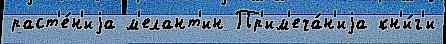
раст'е́н'иjа м'елант'ин Пр'им'еча́н'иjа кн'и́г'и